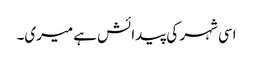
اسی شہر کی پیدائش ہے میری۔